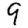
Digit: 9